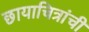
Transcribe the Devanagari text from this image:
छायाचित्रांची